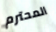
المحترم